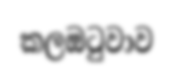
කලඔටුවාව